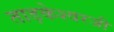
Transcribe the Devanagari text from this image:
ताड़केश्वरजी